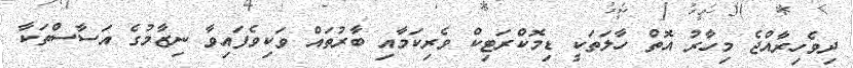
ދިވެހިރާއްޖެ މިހާރު އޮތް ހާލަތަކީ ޑިމޮކްރަޓިކް ވެރިކަމާއި ބާރުތައް ވަކިވެފައިވާ ނިޒާމުގެ އަސާސްތަކާ